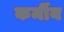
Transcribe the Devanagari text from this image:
कर्मीय